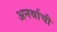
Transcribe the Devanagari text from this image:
अनर्थाची